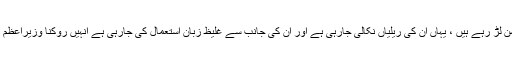
کالعدم تنظیموں کے لوگ الیکشن لڑ رہے ہیں ، یہاں ان کی ریلیاں نکالی جارہی ہے اور ان کی جانب سے غلیظ زبان استعمال کی جارہی ہے انہیں روکنا وزیراعظم ، سیاسی جماعتوں کا کام ہے ۔